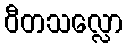
ဝီတသလ္လော